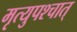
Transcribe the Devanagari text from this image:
मृत्युपश्चात्